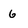
Character: 6